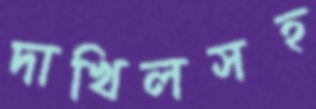
দাখিলসহ